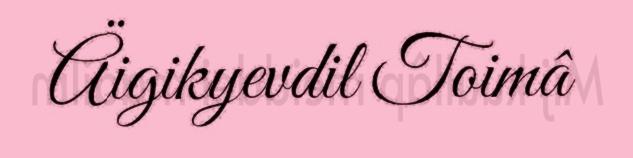
Äigikyevdil Toimâ